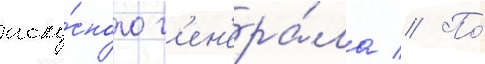
иску́сного г'ен'ера́ла // По́